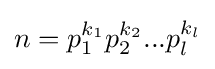
n=p_{1}^{k_{1}}p_{2}^{k_{2}}...p_{l}^{k_{l}}